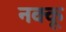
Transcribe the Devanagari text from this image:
नक्कू